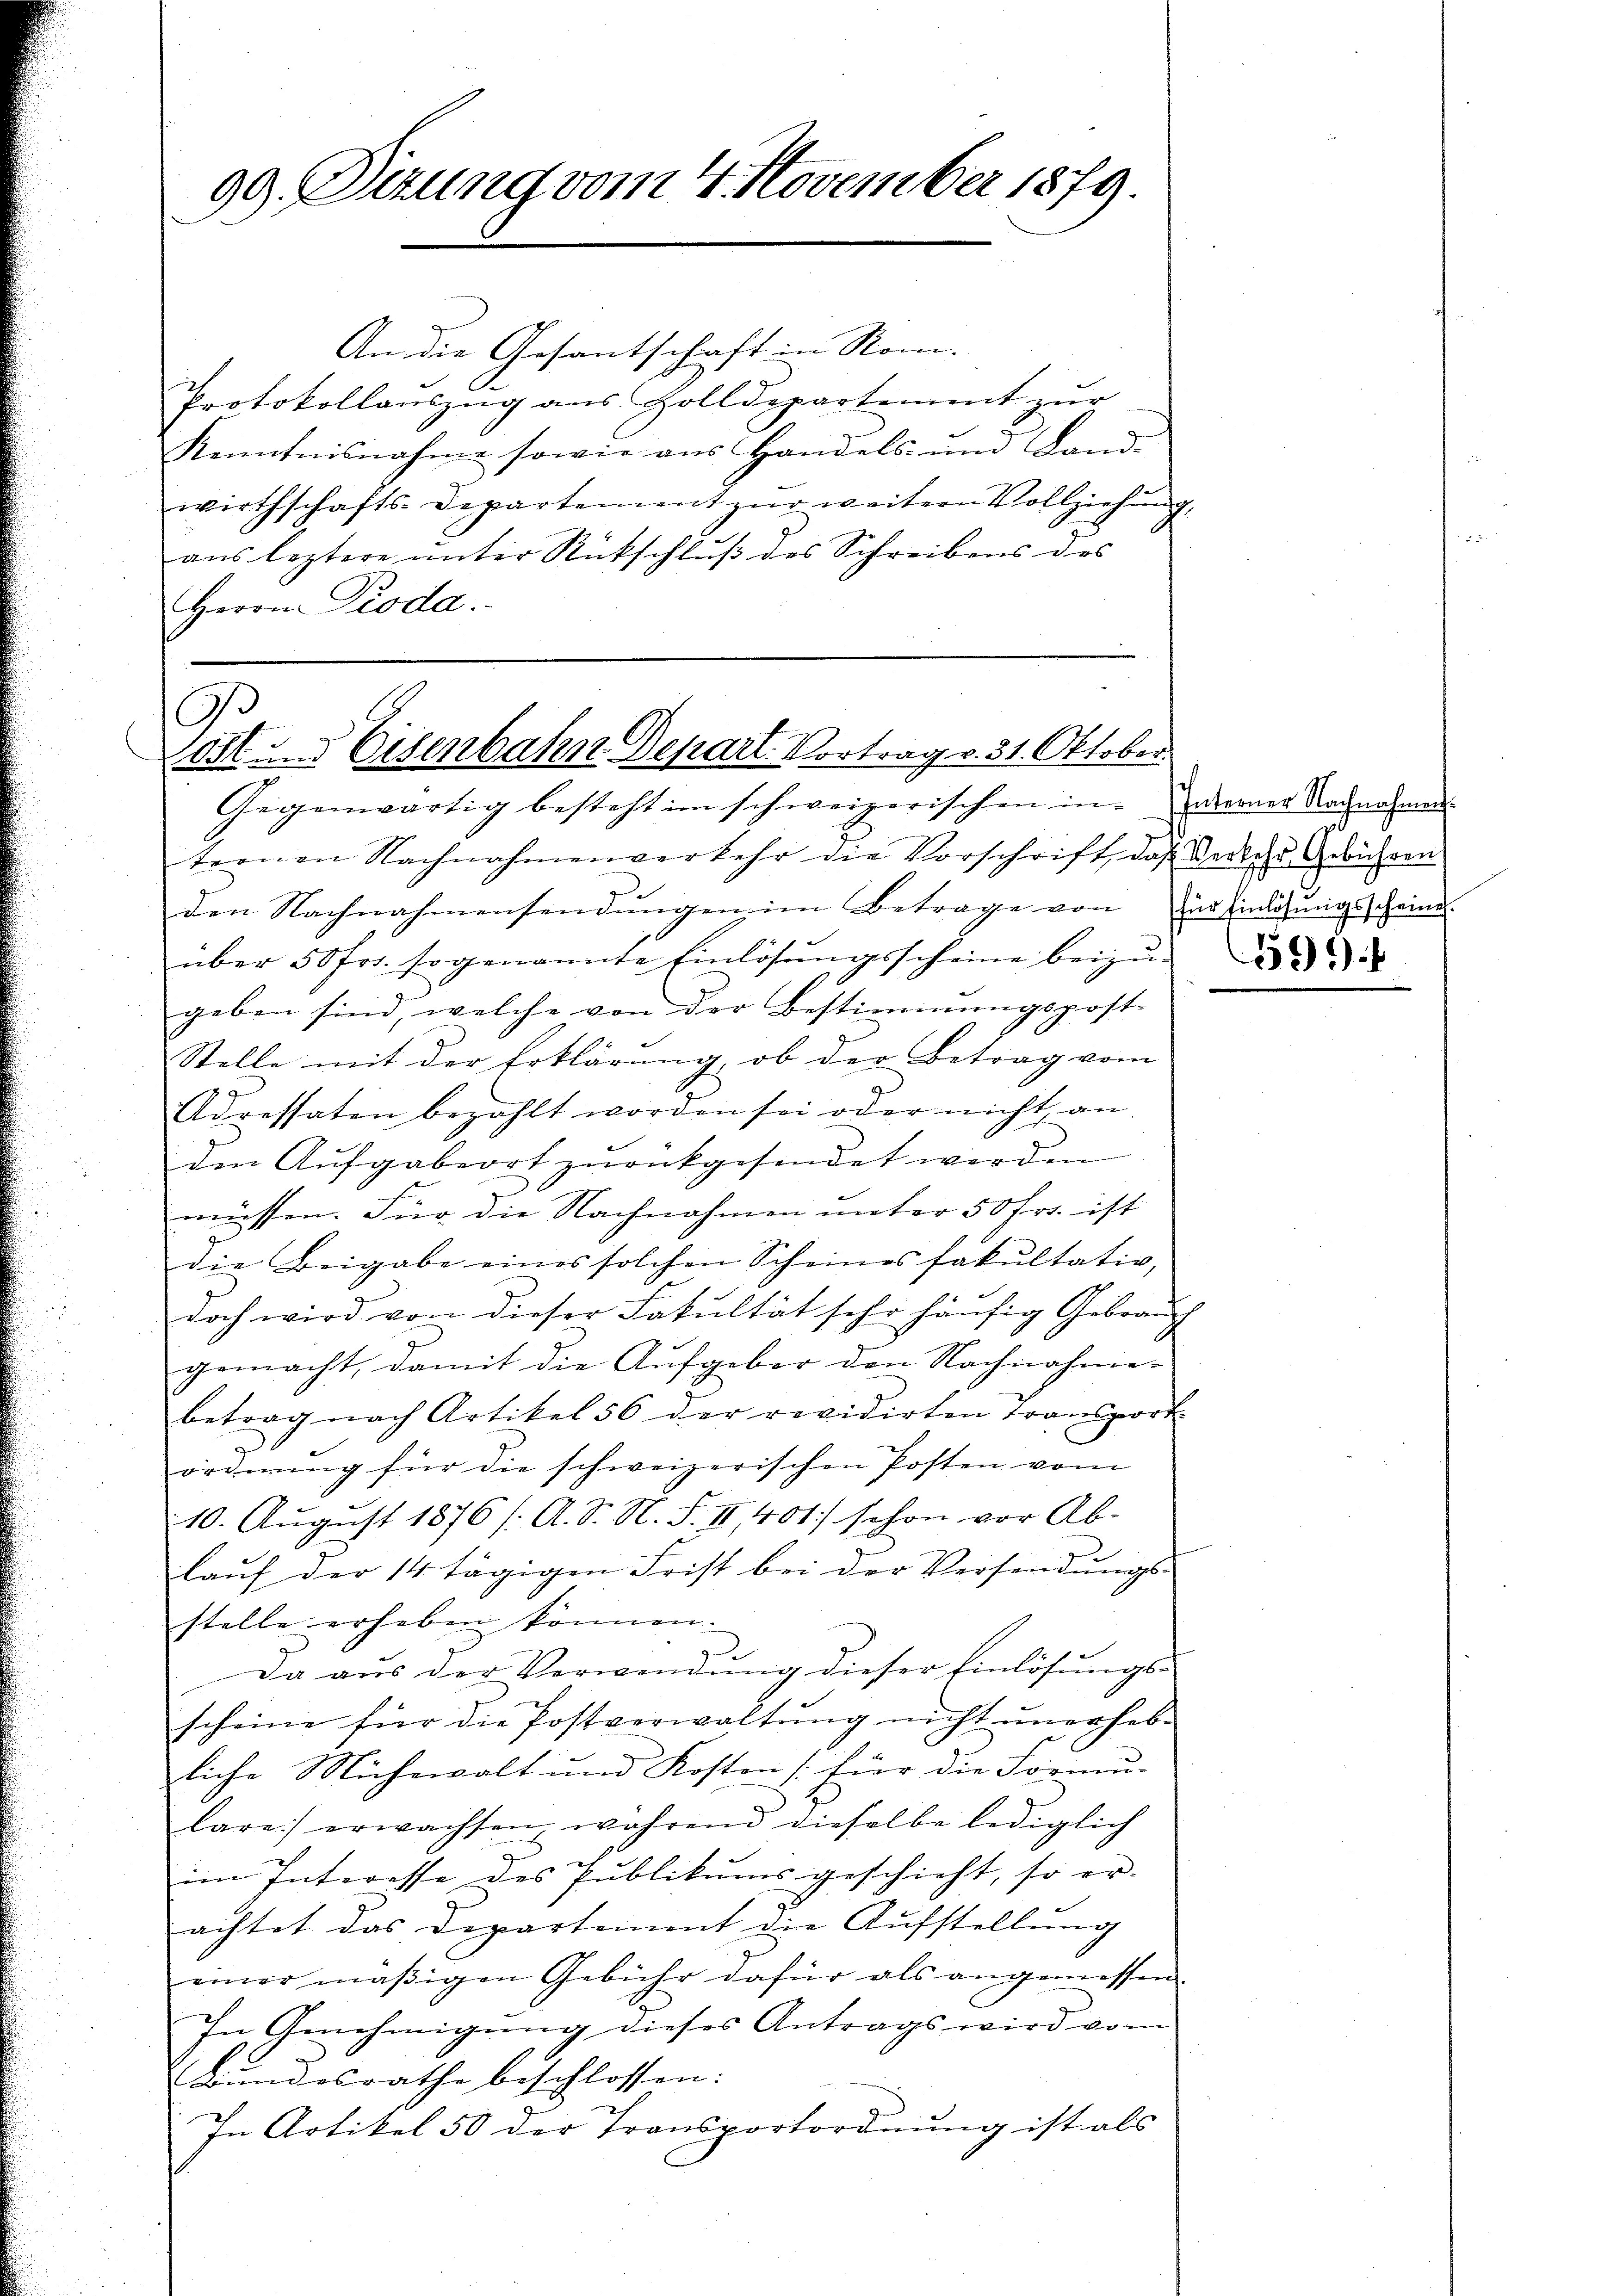
99. Dizung vom 4. November 1879.

G
u
dit. Eisenbahn Depart. Vortrag v. 31. Oktober.

An die Gesantschaft in Nom-
Protokollauszug aus Zolldepartement zur
Kenntnisnahme sowie aus Handels- und Land-
wirthschafts-Departement zŭr weitern Vollziehŭng,
ans leztere unter Rückschluß des Schreibens des
Herrn Pioda.

Gegenwärtig besteht im schweizerischen in Interner Nachnahmen
ternen Nachnahmenverkehr die Vorschrift das Verkehr Gebühren
den Nachnahmensendungen im Betrage von zur Einlösungs keine
über 50fr. sogenannte Einlösŭngsscheine beizŭ-
geben sind, welche von der Bestimmungspost-
Stelle mit der Erklärung, ob der Betrag vom

Adressaten bezahlt worden sei oder nicht an.
den Aufgabeort zurückgesendet werden
müssen. Für die Nachnahmen unter 50 Fr. ist
die Beigabe eines solchen Scheines fakultativ,
doch wird von dieser Fakultät sehr häufig Gebrauch
gemacht, damit die Aufgebor den Nachnahmebetrag nach Artikel 56 der revidirten transport
ordnung für die schweizerischen Posten vom
10. August 1876 /: A. S. N. S. II, 401) schon vor Ab-
lauf der 14 tägigen Frist bei der Versendungs-
stelle erheben können.
g
Da aŭs der Verwendŭng dieser Einlösŭngs-
scheine für die Postverwaltŭng nicht unerhebe
liche Mühewalt und Kosten [für die Formu-
lare) erwachsen, während dieselbe lediglich
im Interesse des Publikums geschicht, so er-
achtet das Departement die Aufstellung
einer mäßigen Gebühr dafür als angemessen.
In Genehmigung dieses Antrags wird vom
Bundesrathe beschlossen:
In Artikel 50 der Transportordnung ist als

596